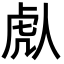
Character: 䖋